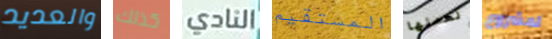
والعديد كذلك النادي المستقيم لعملها لمشروع